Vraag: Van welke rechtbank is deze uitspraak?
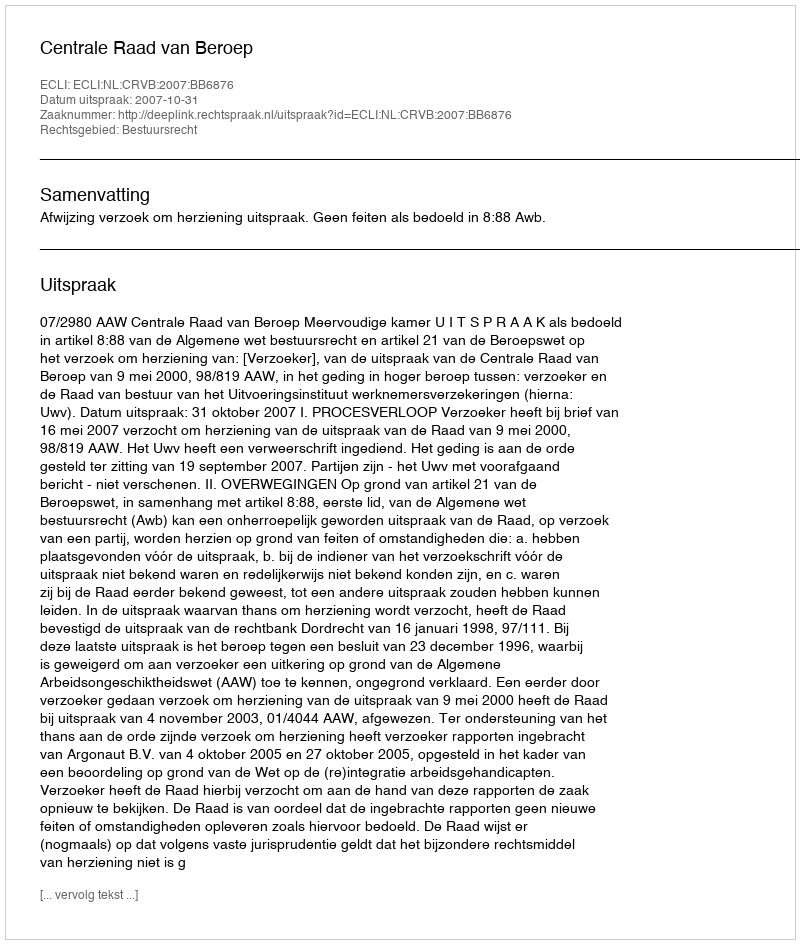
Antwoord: Centrale Raad van Beroep